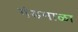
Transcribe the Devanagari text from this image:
गंडमाळा